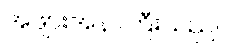
အဖျားအနာကြီးသည်။